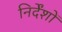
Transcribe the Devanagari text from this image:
निर्देंशों